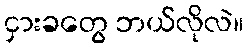
ငှားခတွေ ဘယ်လိုလဲ။